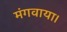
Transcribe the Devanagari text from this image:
मंगवाया।